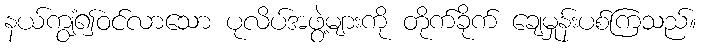
နယ်ကျွံ၍ဝင်လာသော ပုလိပ်အဖွဲ့များကို တိုက်ခိုက် ချေမှုန်းပစ်ကြသည်။